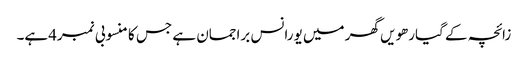
زائچہ کے گیارھویں گھر میں یورانس براجمان ہے جس کا منسوبی نمبر4ہے۔